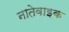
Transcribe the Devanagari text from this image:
नातेवाइक